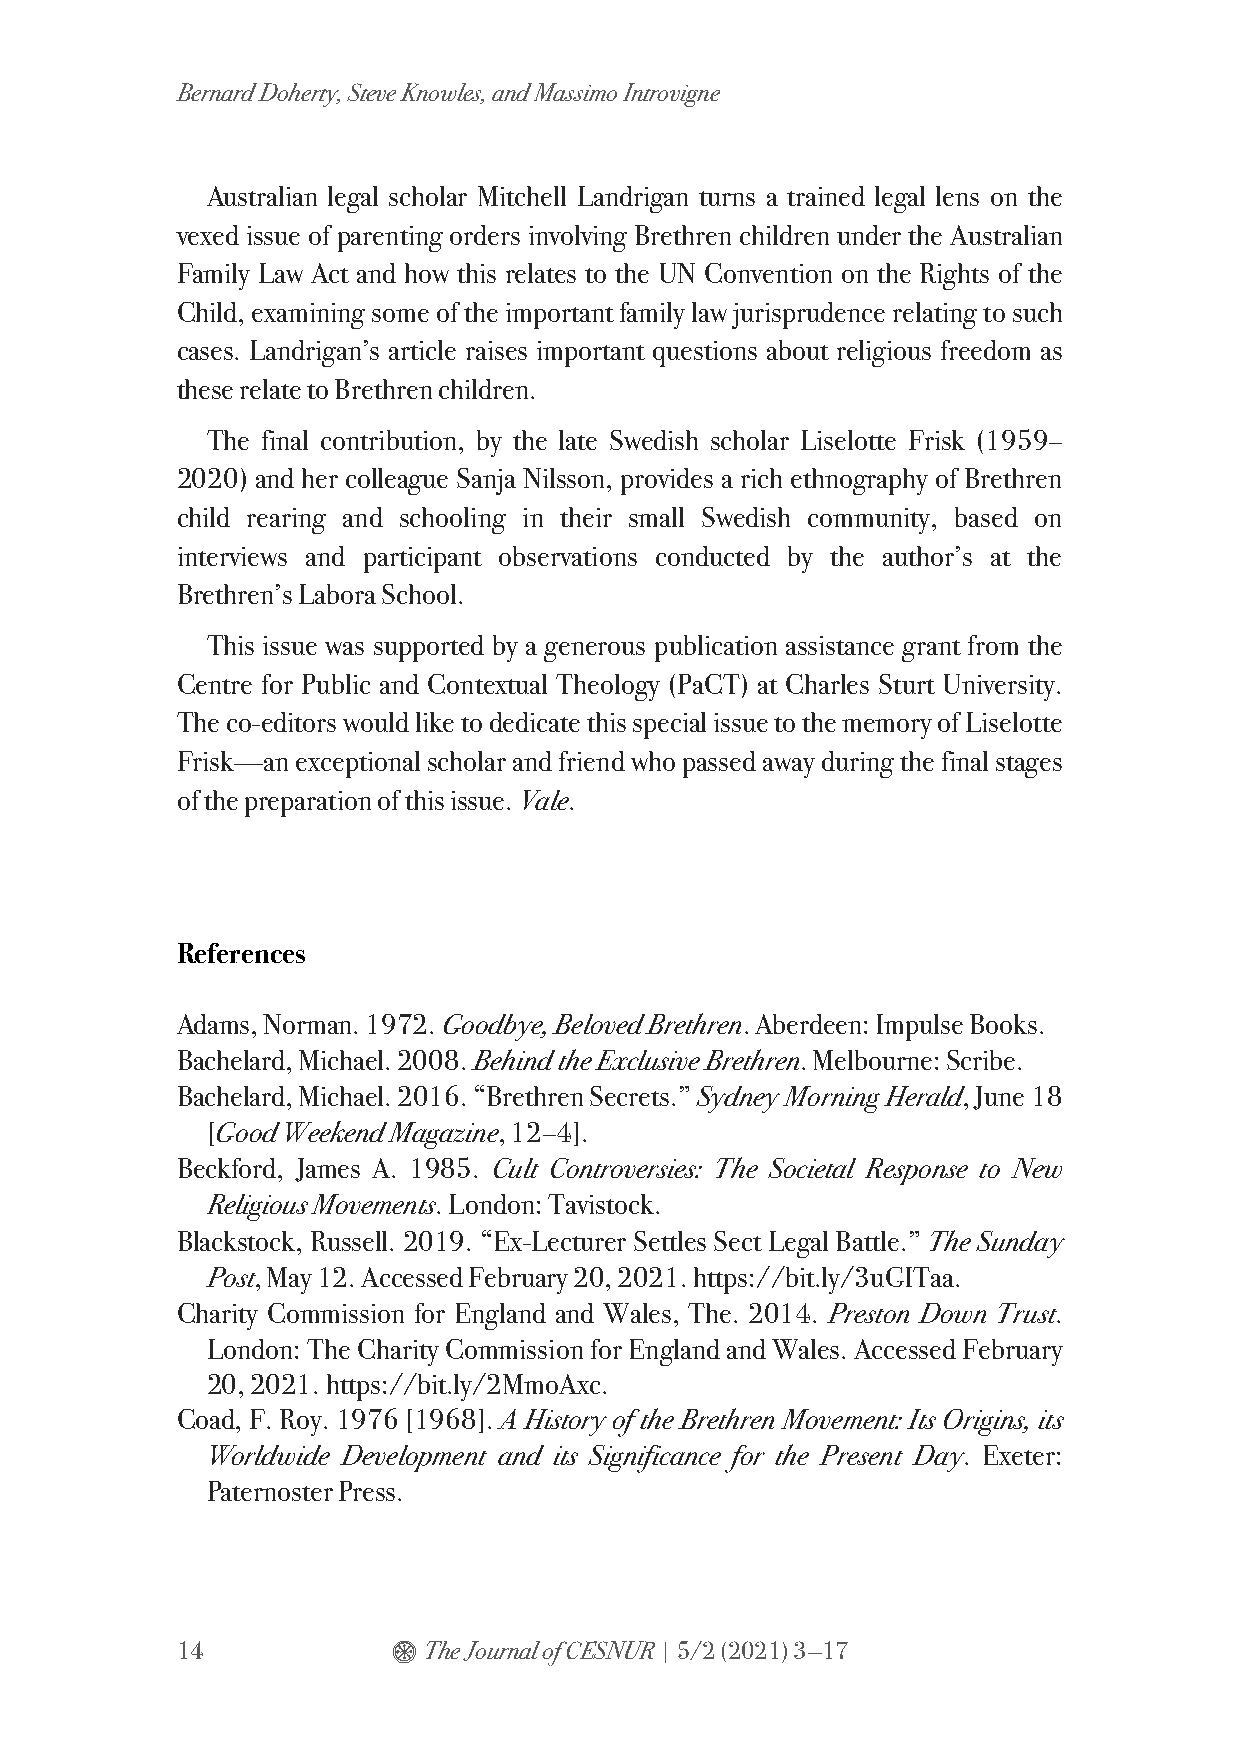
Bernard Doherty, Steve Knowles, and Massimo Introvigne
 Australian legal scholar Mitchell Landrigan turns a trained legal lens on the
 vexed issue of parenting orders involving Brethren children under the Australian
 Family Law Act and how this relates to the UN Convention on the Rights of the
 Child, examining some of the important family law jurisprudence relating to such
 cases. Landrigan’s article raises important questions about religious freedom as
 these relate to Brethren children.
 The final contribution, by the late Swedish scholar Liselotte Frisk (1959–
 2020) and her colleague Sanja Nilsson, provides a rich ethnography of Brethren
 child rearing and schooling in their small Swedish community, based on
 interviews and participant observations conducted by the author’s at the
 Brethren’s Labora School.
 This issue was supported by a generous publication assistance grant from the
 Centre for Public and Contextual Theology (PaCT) at Charles Sturt University.
 The co-editors would like to dedicate this special issue to the memory of Liselotte
 Frisk—an exceptional scholar and friend who passed away during the final stages
 of the preparation of this issue. Vale.
 References
 Adams, Norman. 1972. Goodbye, Beloved Brethren. Aberdeen: Impulse Books.
 Bachelard, Michael. 2008. Behind the Exclusive Brethren. Melbourne: Scribe.
 Bachelard, Michael. 2016. “Brethren Secrets.” Sydney Morning Herald, June 18
 [Good Weekend Magazine, 12–4].
 Beckford, James A. 1985. Cult Controversies: The Societal Response to New
 Religious Movements. London: Tavistock.
 Blackstock, Russell. 2019. “Ex-Lecturer Settles Sect Legal Battle.” The Sunday
 Post, May 12. Accessed February 20, 2021. https://bit.ly/3uGITaa.
 Charity Commission for England and Wales, The. 2014. Preston Down Trust.
 London: The Charity Commission for England and Wales. Accessed February
 20, 2021. https://bit.ly/2MmoAxc.
 Coad, F. Roy. 1976 [1968]. A History of the Brethren Movement: Its Origins, its
 Worldwide Development and its Significance for the Present Day. Exeter:
 Paternoster Press.
 14            $ The Journal of CESNUR | 5/2 (2021) 3—17